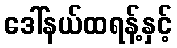
ဒေါ်နယ်ထရန့်နှင့်